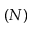
( N )